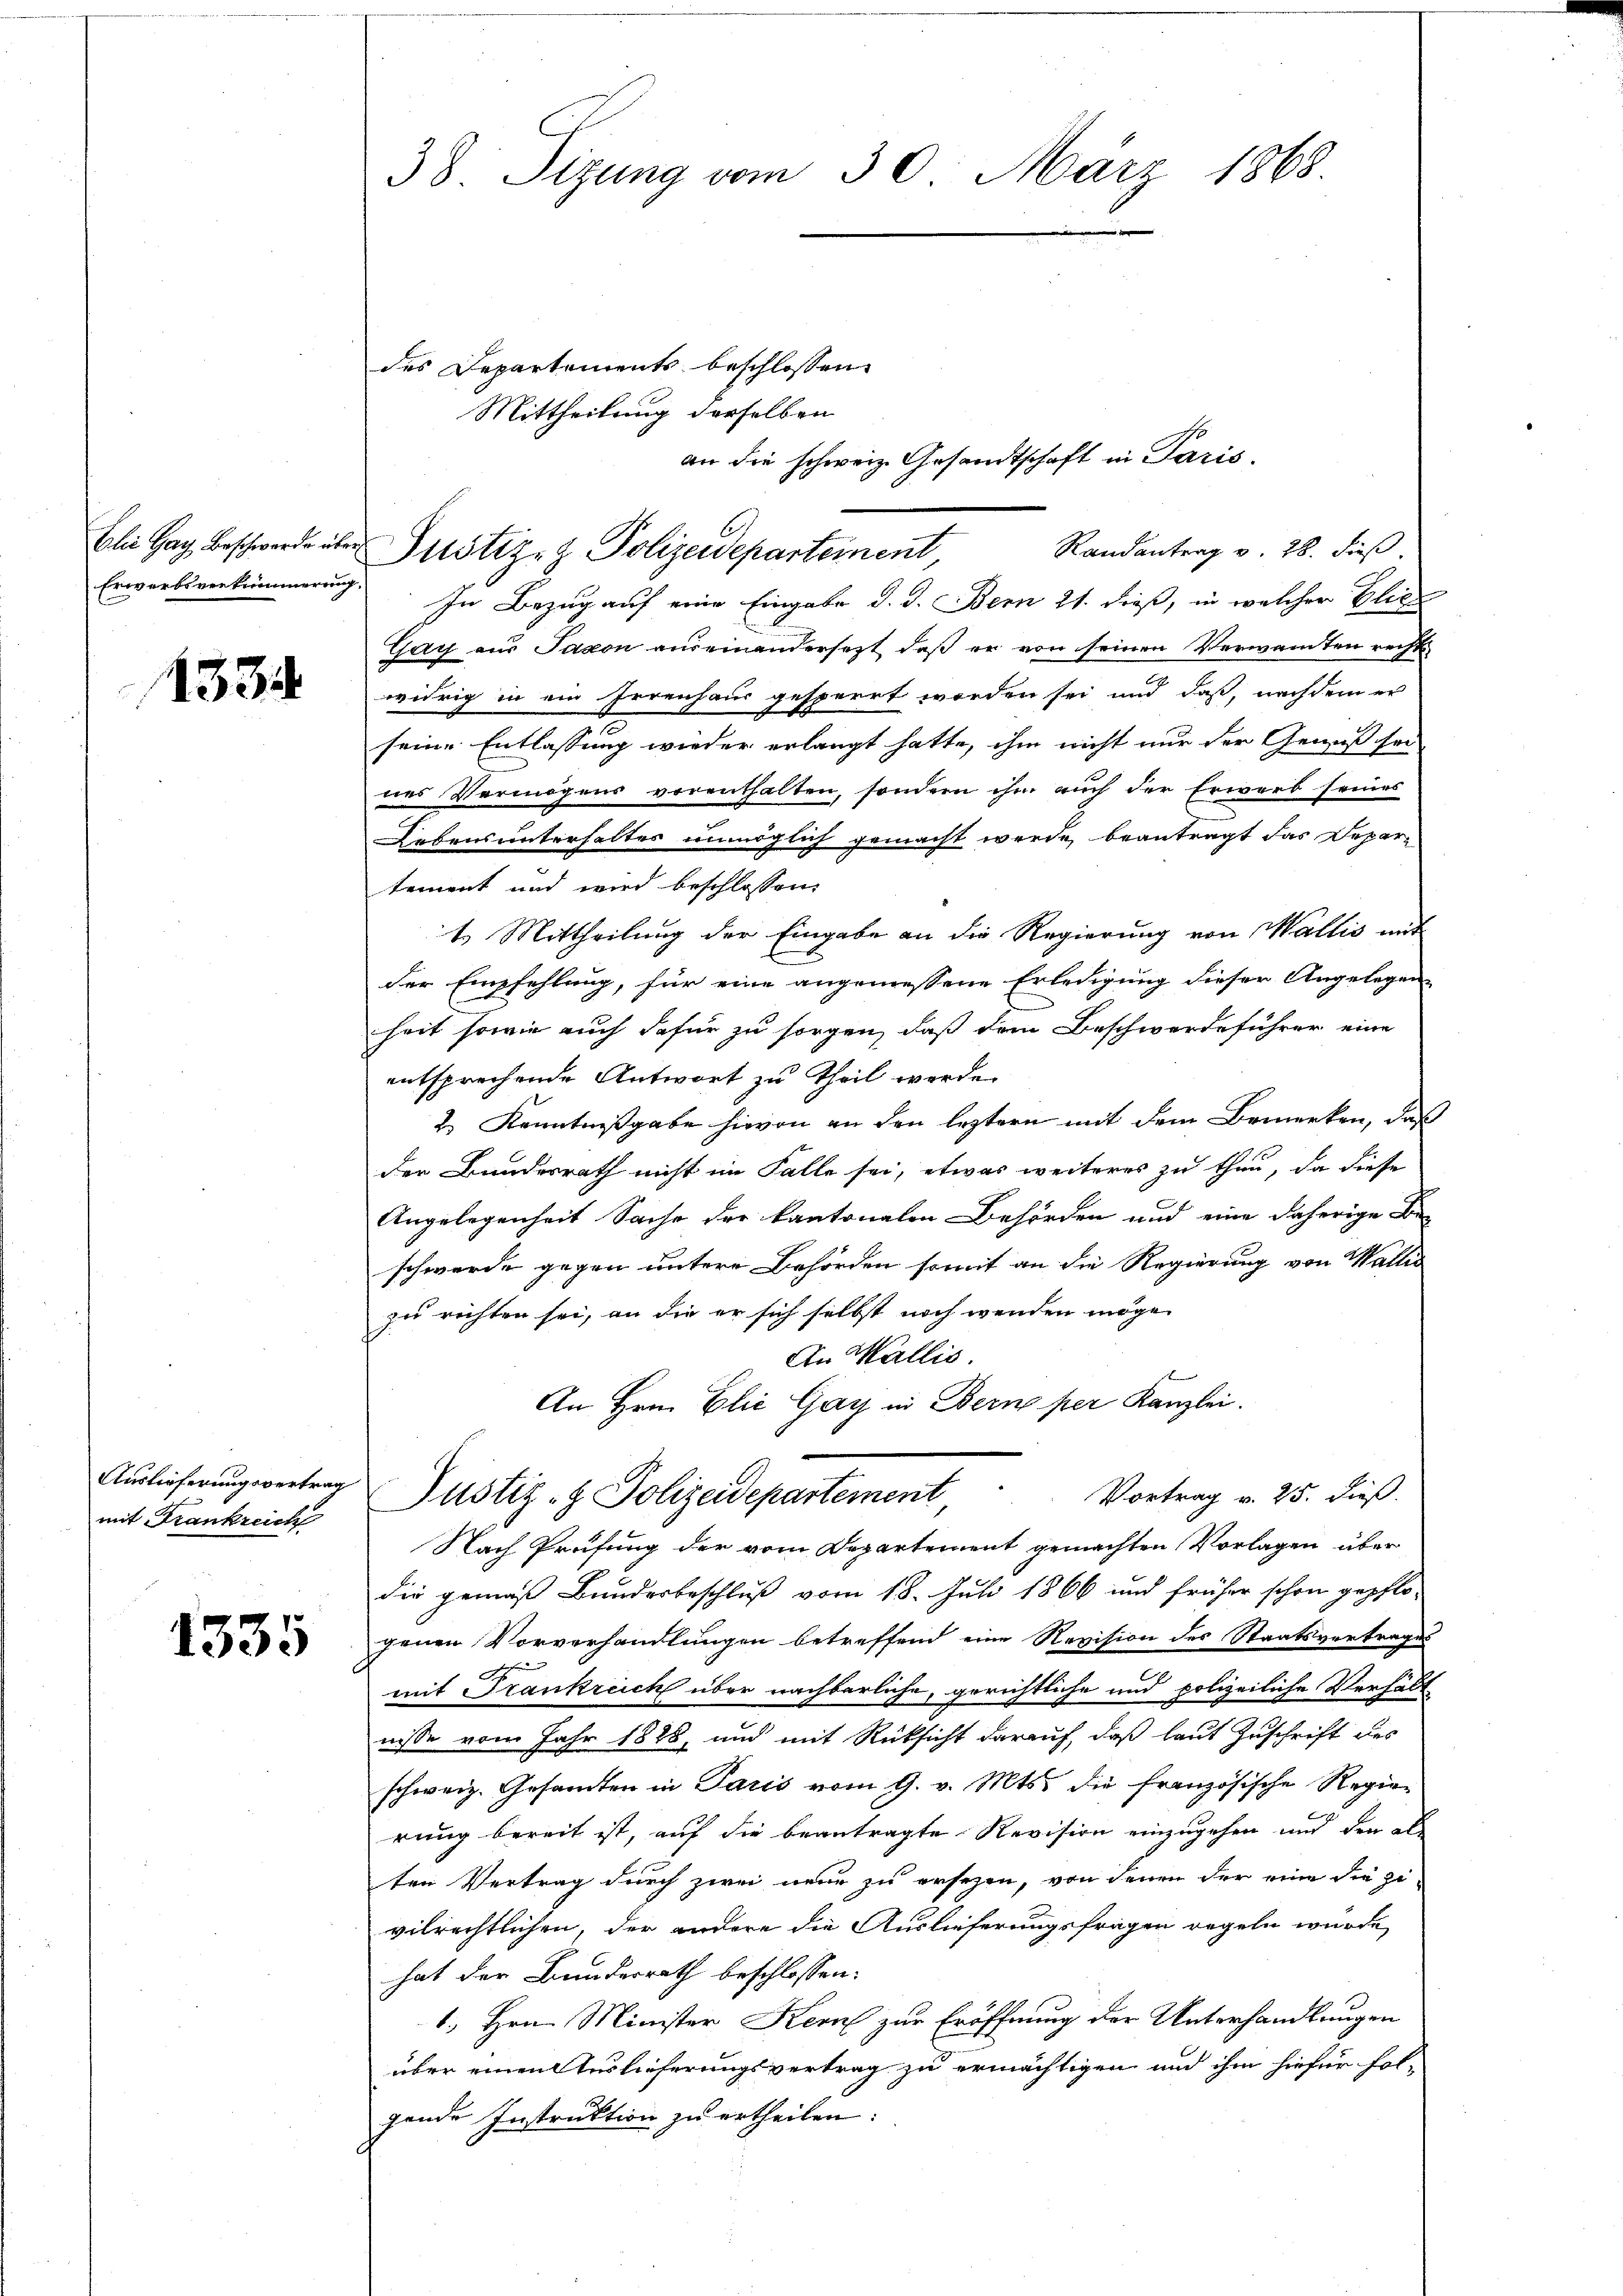
Erwerbsverkümmerung

1334

Auslieferungsvertrag
mit Frankreich

1335

38. Sizung vom 30. März 1868.

des Departements beschlossen
In Bezug auf eine Eingabe d. d. Bern 21. dieß, in welcher Elice
Gay aus Jacon auseinandersetzt, daß er von seinen Verwandten recht
widrig in ein Irrenhaus gesperrt worden sei und daß, nachdem er
seine Entlassung wieder erlangt hatte, ihm nicht nur der Genuß sei
nes Vermögens vorenthalten, sondern ihm auch der Erwarb seines
Lebensunterhaltes unmöglich gemacht werde, beantragt das Departement und wird beschlossen:
t. Mittheilung der Eingabe an die Regierung von Wallis mit
der Empfehlung, für eine angemessene Erledigung dieser Angelegen-
heit sowie auch dafür zu sorgen, daß dem Beschwerdeführer eine
entsprechende Antwort zu Theil werde
2.) Kenntnißgabe hievon an den leztern mit dem Bemerken, daß
der Bundesrath nicht im Falle sei, etwas weiteres zu thun, da diese
Angelegenheit Sache der kantonalen Behörden und eine daherige Be-
schwerde gegen untere Behörden somit an die Regierung von Wallis
zu richten sei, an die er sich selbst noch wenden möge.
An Wallis.
An Hrn. Elie Gay in Bern per Kanzlei.
Vortrag v. 25. dieß.
Justiz- & Polizeidepartement
Nach Prüfung der vom Departement gemachten Vorlagen über
die gemäß Bundesbeschluß vom 18. Juli 1866 und früher schon gepflo-
genen Vorverhandlungen betreffend eine Revision des Staatsvertrages
mit Frankreich über nachbarliche, gerichtliche und polizeiliche Verhältnisse vom Jahr 1828, und mit Rücksicht darauf, daß laut Zuschrift des
schweiz. Gesamten in Paris vom 9. v. Mts. die französische Regie-
rung bereit ist, auf die beantragte Revision einzugehen und den als
ten Vertrag durch zwei neue zu ersezen, von denen der eine die zu
vilrechtlichen, der andere die Auslieferungsfragen regeln wurde,
hat der Bundesrath beschlossen:
1. Hrn. Minister Kern zur Eröffnung der Unterhandlungen
über einen Auslieferungsvertrag zu ermächtigen und ihm hiefür fol-
gende Instruktion zu ertheilen:

Mittheilung derselben
an die schweiz. Gesandtschaft in Paris.
Blei Hag beschwerde über Justiz- & Polizeideparteinent
Randantrag v. 28. dieß